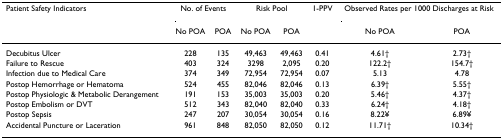
<table><thead><tr><td><b>Patient Safety Indicators</b></td><td colspan="2"><b>No. of Events</b></td><td colspan="2"><b>Risk Pool</b></td><td><b>1-PPV</b></td><td colspan="2"><b>Observed Rates per 1000 Discharges at Risk</b></td></tr><tr><td></td><td><b>No POA</b></td><td><b>POA</b></td><td><b>No POA</b></td><td><b>POA</b></td><td></td><td><b>No POA</b></td><td><b>POA</b></td></tr></thead><tbody><tr><td>Decubitus Ulcer</td><td>228</td><td>135</td><td>49,463</td><td>49,463</td><td>0.41</td><td>4.61†</td><td>2.73†</td></tr><tr><td>Failure to Rescue</td><td>403</td><td>324</td><td>3298</td><td>2,095</td><td>0.20</td><td>122.2†</td><td>154.7†</td></tr><tr><td>Infection due to Medical Care</td><td>374</td><td>349</td><td>72,954</td><td>72,954</td><td>0.07</td><td>5.13</td><td>4.78</td></tr><tr><td>Postop Hemorrhage or Hematoma</td><td>524</td><td>455</td><td>82,046</td><td>82,046</td><td>0.13</td><td>6.39†</td><td>5.55†</td></tr><tr><td>Postop Physiologic &amp; Metabolic Derangement</td><td>191</td><td>153</td><td>35,003</td><td>35,003</td><td>0.20</td><td>5.46†</td><td>4.37†</td></tr><tr><td>Postop Embolism or DVT</td><td>512</td><td>343</td><td>82,040</td><td>82,040</td><td>0.33</td><td>6.24†</td><td>4.18†</td></tr><tr><td>Postop Sepsis</td><td>247</td><td>207</td><td>30,054</td><td>30,054</td><td>0.16</td><td>8.22¥</td><td>6.89¥</td></tr><tr><td>Accidental Puncture or Laceration</td><td>961</td><td>848</td><td>82,050</td><td>82,050</td><td>0.12</td><td>11.71†</td><td>10.34†</td></tr></tbody></table>